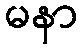
မနာ